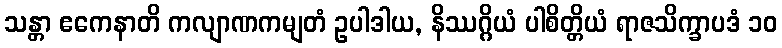
သန္တာ ဧကေနာတိ ကလျာဏကမျတံ ဥပါဒါယ, နိဿဂ္ဂိယံ ပါစိတ္တိယံ ရာဇသိက္ခာပဒံ ၁၀